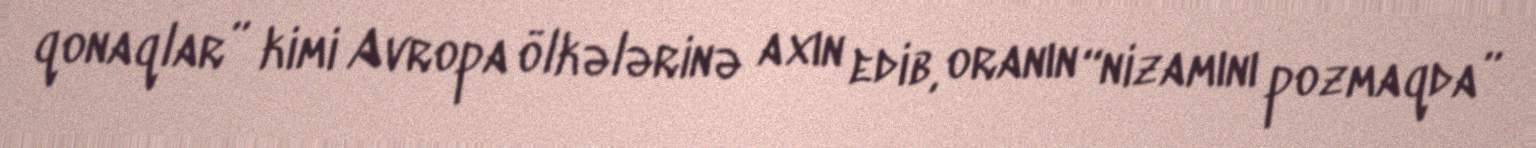
qonaqlar” kimi Avropa ölkələrinə axın edib, oranın “nizamını pozmaqda”